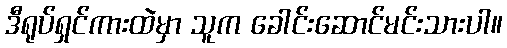
ဒီရုပ်ရှင်ကားထဲမှာ သူက ခေါင်းဆောင်မင်းသားပါ။